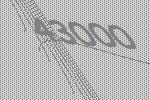
43000